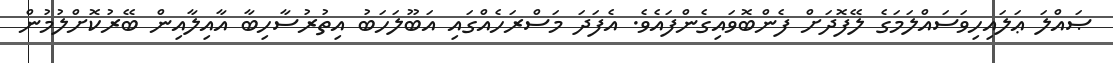
ޞައްލަ ޢަލައިހިވަސައްލަމަގެ ލޭފޮދަށް ފެންބޮވައިގެންފައެވެ. އެފަދަ މަސްރަހެއްގައި އަބޫލަހަބު އިތުރުސާހިބާ އާއިލާއިން ބޭރުކޮށްލުމުން